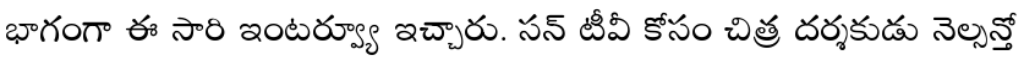
భాగంగా ఈ సారి ఇంటర్వ్యూ ఇచ్చారు. సన్ టీవీ కోసం చిత్ర దర్శకుడు నెల్సన్తో